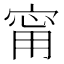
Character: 甯